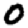
Digit: 0